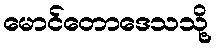
မောင်တောဒေသသို့